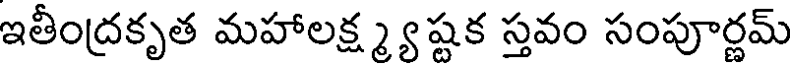
ఇతీంద్రకృత మహాలక్ష్మ్యష్టక స్తవం సంపూర్ణమ్